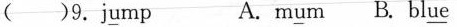
（）9.j\underline{u}mp A.m\underline{u}m B.bl\underline{ue}